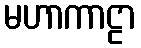
မဟာကာဠာ